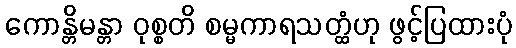
ကောန္တိမန္တာ ဝုစ္စတိ စမ္မကာရသတ္ထံဟု ဖွင့်ပြထားပုံ